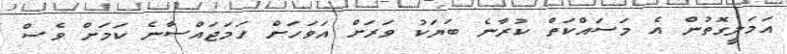
އަމަލީގޮތުން އެ މަސައްކަތް ކުރާނެ ބަޔަކު ވަރަށް އަވަހަށް ހަމަޖައްސާނެ ކަމަށް ވެސް